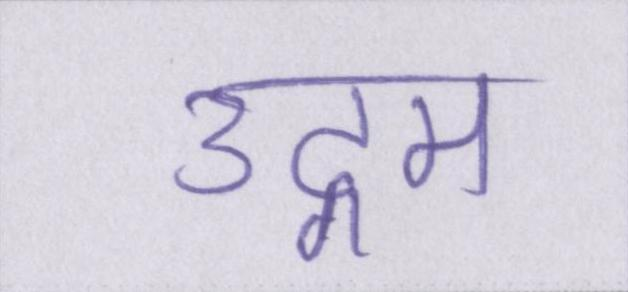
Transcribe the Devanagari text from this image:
उद्गम